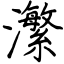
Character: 瀿